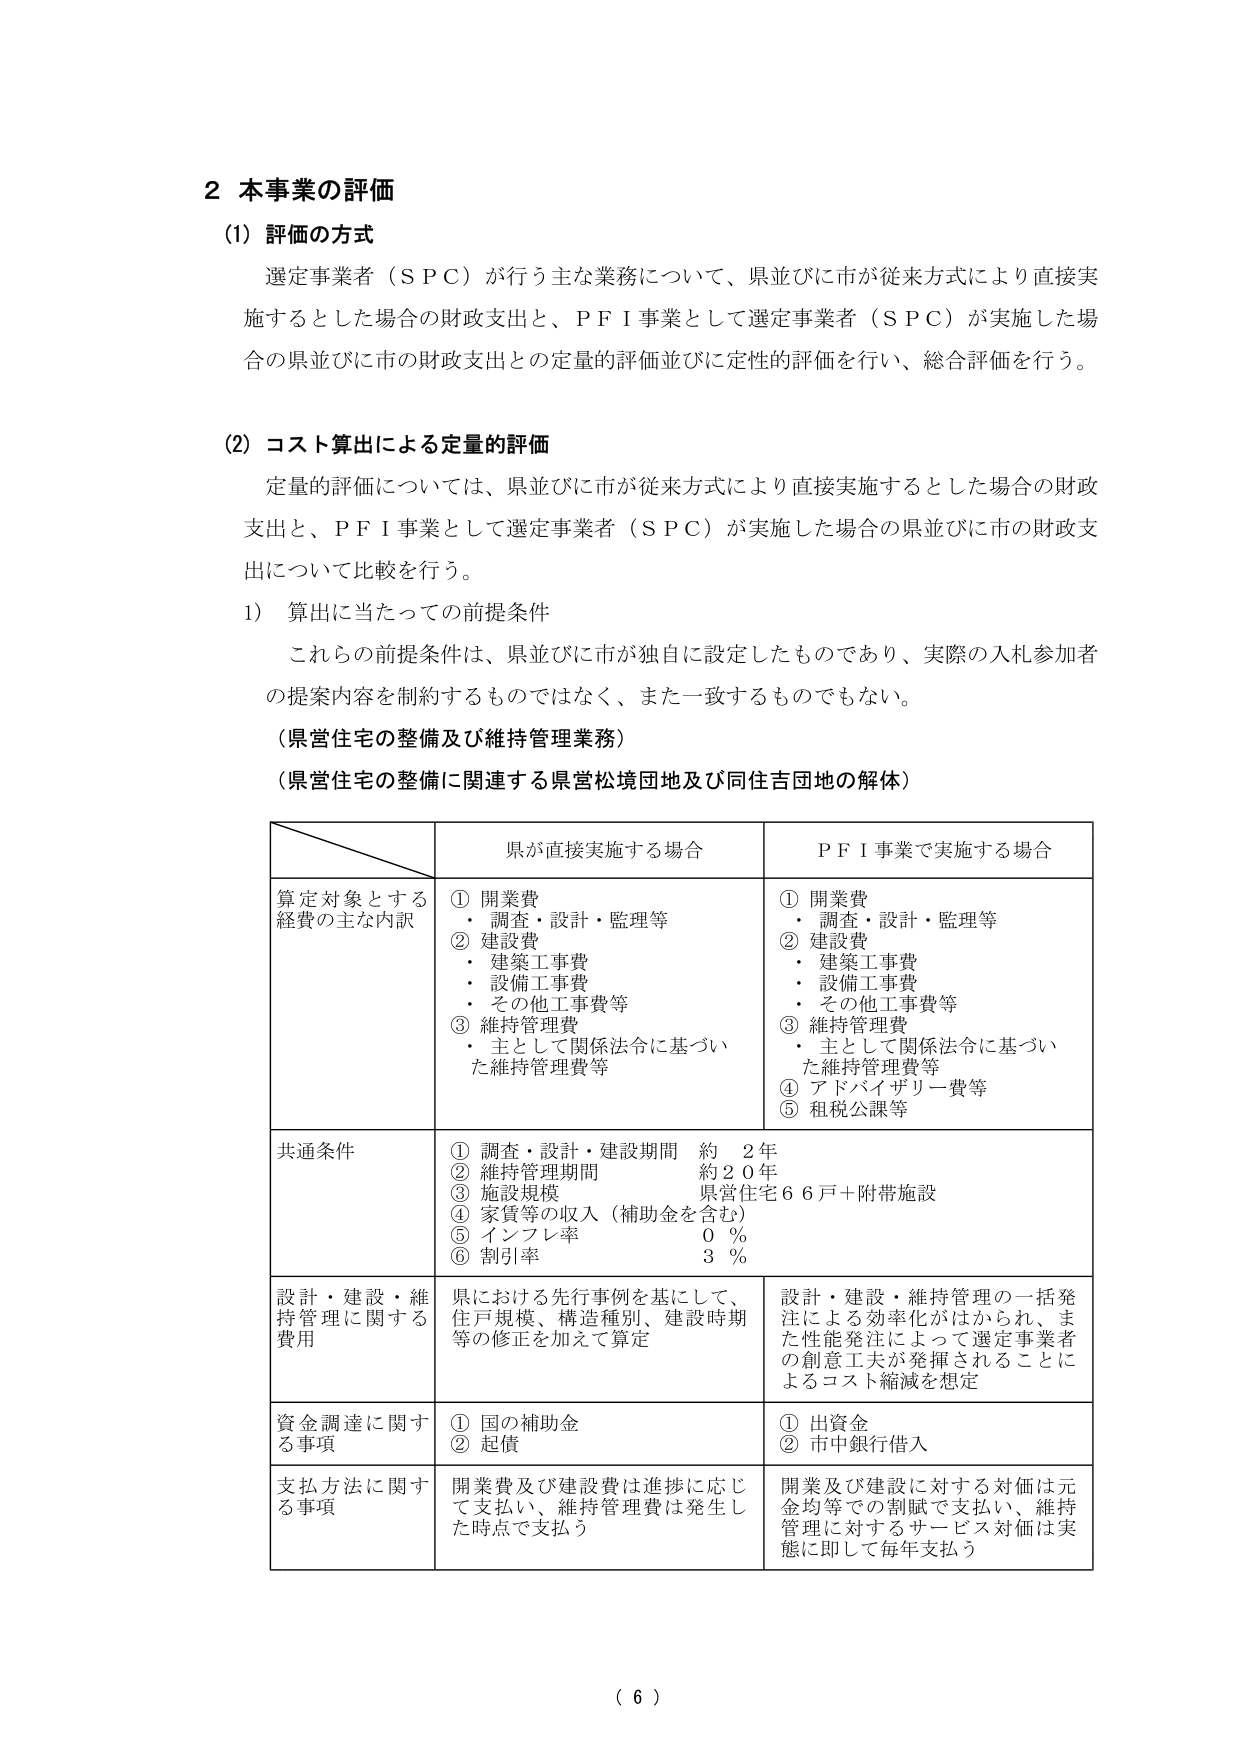
2 本事業の評価

(1) 評価の方式
選定事業者（ＳＰＣ）が行う主な業務について、県並びに市が従来方式により直接実施するとした場合の財政支出と、ＰＦＩ事業として選定事業者（ＳＰＣ）が実施した場合の県並びに市の財政支出との定量的評価並びに定性的評価を行い、総合評価を行う。

(2) コスト算出による定量的評価
定量的評価については、県並びに市が従来方式により直接実施するとした場合の財政支出と、ＰＦＩ事業として選定事業者（ＳＰＣ）が実施した場合の県並びに市の財政支出について比較を行う。

1) 算出に当たっての前提条件
これらの前提条件は、県並びに市が独自に設定したものであり、実際の入札参加者の提案内容を制約するものではなく、また一致するものでもない。

（県営住宅の整備及び維持管理業務）
（県営住宅の整備に関連する県営松境団地及び同住吉団地の解体）

県が直接実施する場合　　　　　　　ＰＦＩ事業で実施する場合

算定対象とする経費の主な内訳
① 開業費
・ 調査・設計・監理等
② 建設費
・ 建築工事費
・ 設備工事費
・ その他工事費等
③ 維持管理費
・ 主として関係法令に基づいた維持管理費等

① 開業費
・ 調査・設計・監理等
② 建設費
・ 建築工事費
・ 設備工事費
・ その他工事費等
③ 維持管理費
・ 主として関係法令に基づいた維持管理費等
④ アドバイザリー費等
⑤ 租税公課等

共通条件
① 調査・設計・建設期間　約　2年
② 維持管理期間　　　　　約20年
③ 施設規模　　　　　　　県営住宅66戸＋附帯施設
④ 家賃等の収入（補助金を含む）
⑤ インフレ率　　　　　　0 ％
⑥ 割引率　　　　　　　　3 ％

設計・建設・維持管理に関する費用
県における先行事例を基にして、住戸規模、構造種別、建設時期等の修正を加えて算定

設計・建設・維持管理の一括発注による効率化がはかられ、また性能発注によって選定事業者の創意工夫が発揮されることによるコスト縮減を想定

資金調達に関する事項
① 国の補助金
② 起債

① 出資金
② 市中銀行借入

支払方法に関する事項
開業費及び建設費は進捗に応じて支払い、維持管理費は発生した時点で支払う

開業及び建設に対する対価は元金均等での割賦で支払い、維持管理に対するサービス対価は実態に即して毎年支払う

（ 6 ）